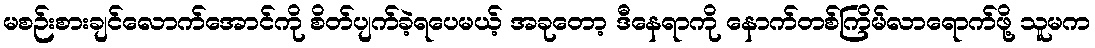
မစဉ်းစားချင်လောက်အောင်ကို စိတ်ပျက်ခဲ့ရပေမယ့် အခုတော့ ဒီနေရာကို နောက်တစ်ကြိမ်လာရောက်ဖို့ သူမက